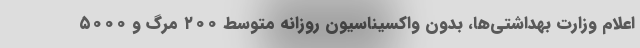
اعلام وزارت بهداشتی‌ها، بدون واکسیناسیون روزانه متوسط ۲۰۰ مرگ و ۵۰۰۰